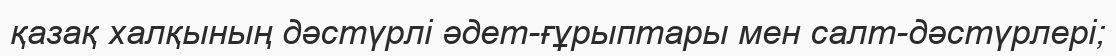
қазақ халқының дәстүрлі әдет-ғұрыптары мен салт-дәстүрлері;